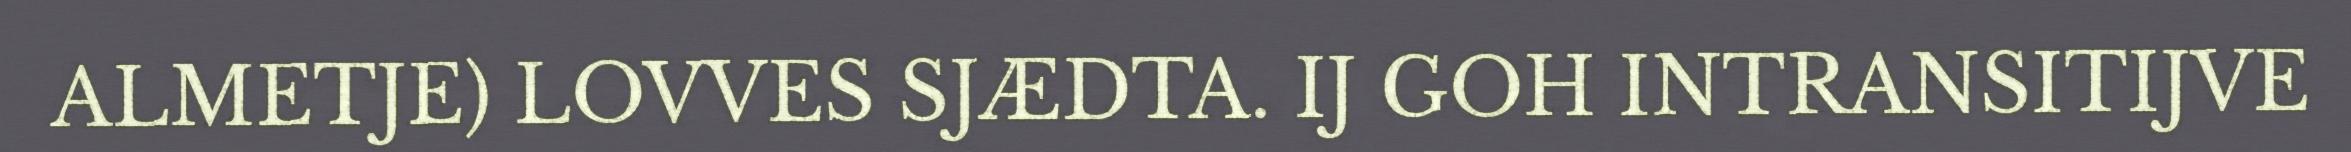
ALMETJE) LOVVES SJÆDTA. IJ GOH INTRANSITIJVE